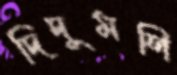
দিদুমণি